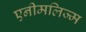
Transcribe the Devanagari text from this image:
एनीमलिज्म